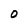
Character: O